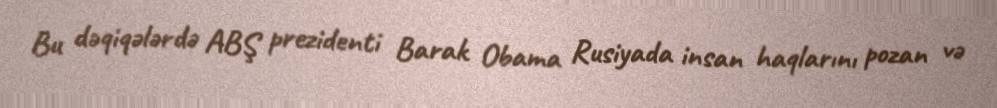
Bu dəqiqələrdə ABŞ prezidenti Barak Obama Rusiyada insan haqlarını pozan və